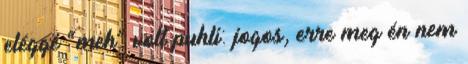
eléggé “meh” volt puhli: jogos, erre meg én nem